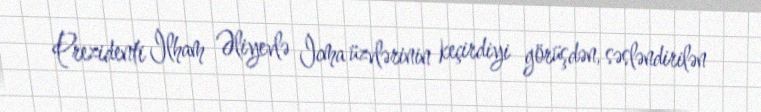
Prezidenti İlham Əliyevlə İcma üzvlərinin keçirdiyi görüşdən, səsləndirilən